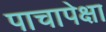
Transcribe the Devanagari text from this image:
पाचापेक्षा